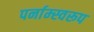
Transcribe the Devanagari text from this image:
पर्नाम्स्वरूप